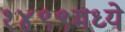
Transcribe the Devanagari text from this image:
१४९९मध्ये